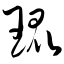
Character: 琨